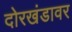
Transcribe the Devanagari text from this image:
दोरखंडावर